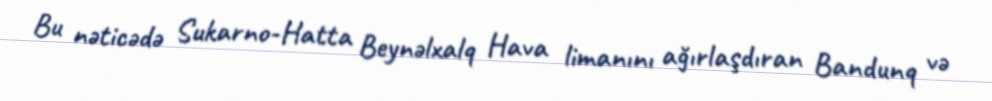
Bu nəticədə Sukarno-Hatta Beynəlxalq Hava limanını ağırlaşdıran Bandunq və